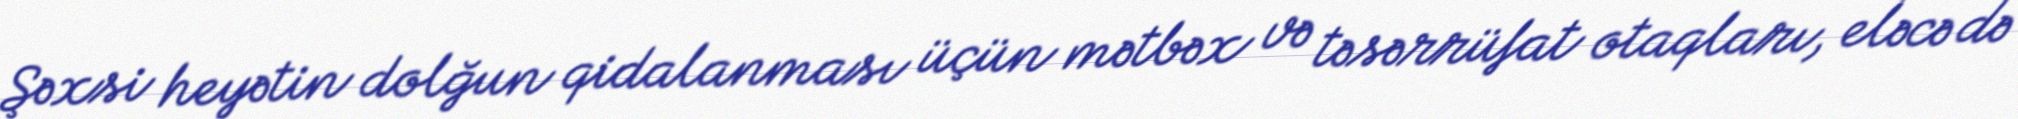
Şəxsi heyətin dolğun qidalanması üçün mətbəx və təsərrüfat otaqları, eləcə də